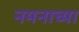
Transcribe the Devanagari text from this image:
नमनाच्या